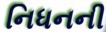
નિધનની